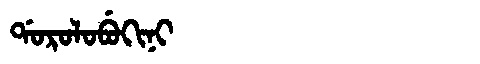
Manchu: ᡩᠣᡵᠣᠯᠣᠪᡠᡴᡳᠨᡳ
Romanization: DOROLOBUKINI